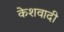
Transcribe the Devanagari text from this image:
केशवादी